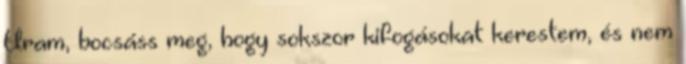
Uram, bocsáss meg, hogy sokszor kifogásokat kerestem, és nem